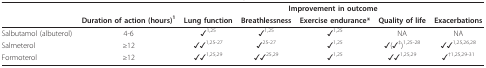
<table><thead><tr><td colspan="2"></td><td colspan="5"><b>Improvement in outcome</b></td></tr><tr><td></td><td><b>Duration of action (hours)<sup>1</sup></b></td><td><b>Lung function</b></td><td><b>Breathlessness</b></td><td><b>Exercise endurance*</b></td><td><b>Quality of life</b></td><td><b>Exacerbations</b></td></tr></thead><tbody><tr><td>Salbutamol (albuterol)</td><td>4-6</td><td>✓<sup>1,25</sup></td><td>✓<sup>1,25</sup></td><td>✓<sup>1,25</sup></td><td>NA</td><td>NA</td></tr><tr><td>Salmeterol</td><td>≥12</td><td>✓✓<sup>1,25-27</sup></td><td>✓<sup>25-27</sup></td><td>✓<sup>1,25</sup></td><td>✓(✓<sup>‡</sup>)<sup>1,25-28</sup></td><td>✓✓<sup>1,25,26,28</sup></td></tr><tr><td>Formoterol</td><td>≥12</td><td>✓✓<sup>1,25,29</sup></td><td>✓✓<sup>25,29</sup></td><td>✓<sup>1,25</sup></td><td>✓✓<sup>1,25,29</sup></td><td>✓<sup>†1,25,29-31</sup></td></tr></tbody></table>